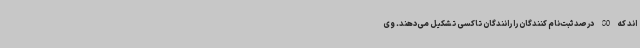
اند که 80 درصد ثبت‌نام کنندگان را رانندگان تاکسی تشکیل می‌دهند. وی